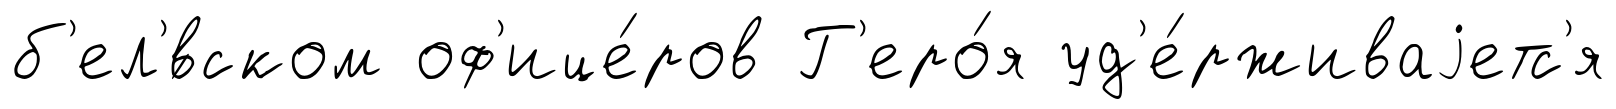
б'ел'́вском оф'ице́ров Г'еро́я уд'е́рживаjетс'я